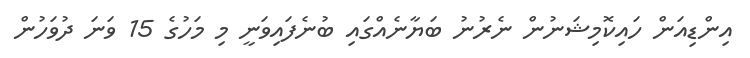
އިންޑިއަން ހައިކޮމިޝަނުން ނެރުނު ބަޔާނެއްގައި ބުނެފައިވަނީ މި މަހުގެ 15 ވަނަ ދުވަހުން